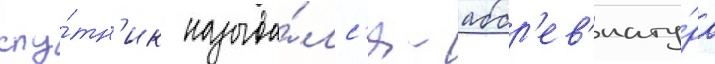
спу́тн'ик называ́лс'я - аббр'ев'иату́ра